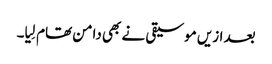
بعد ازیں موسیقی نے بھی دامن تھام لِیا۔